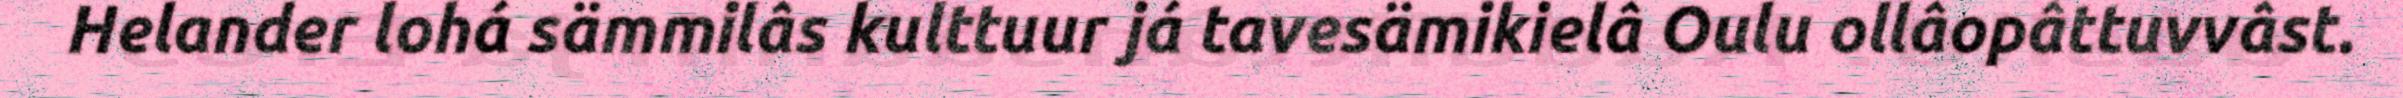
Helander lohá sämmilâs kulttuur já tavesämikielâ Oulu ollâopâttuvvâst.